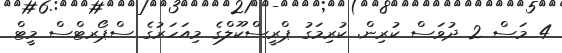
4 މަސް 2 ދުވަސް ކުރިން. ކުރިމަގު ޕްރީސްކޫލްގެ މިއަހަރުގެ ސްޕޯރޓްސް މީޓް